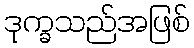
ဒုက္ခသည်အဖြစ်